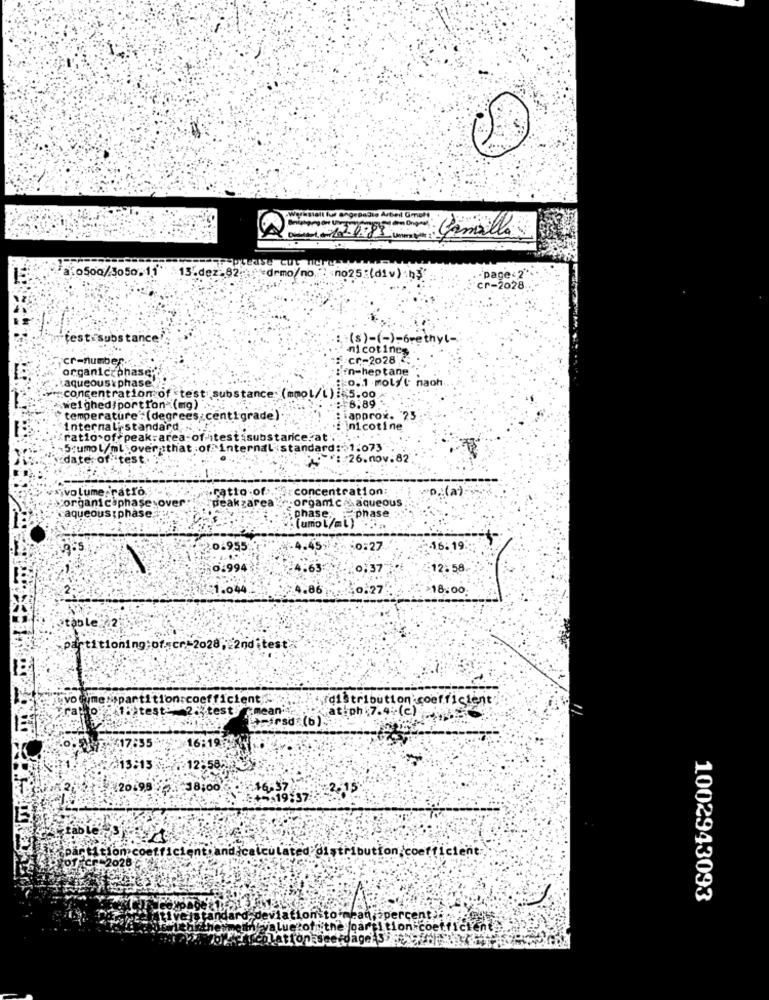
Camilla
a[osoa/3050.11"
cease cu
13.dez.82;
*demo/no : no25 : (di v) bş
.page - 2"
cr-2028
test substance
:(s)-(-)-6rethyl-
nicotine
cr-number.
cr-2028
organicophase
:in-heptane
aqueous \ phase !?
1:0.1 molyl' naoh
concentration of test substance: (mmol/l ) : 5.00
weighed/portion (mg) ...
6.89
temperature : (degrees centigrade)
approx. 25
internalistandard;
nicotine
ratio of peak:area-of -itestisubstarice.at
Stumol/ml over that of internal standard:01.073
date; of test.
: 26.nov.82
Sivolume.ratro.
ratio of ..
:concentration:
D .: (a)
yorganic phasesover
peak zarea
porgamce aqueous
caqueous : phase
-phase
phase.
(umot/mi)"
0.955
0:27
16:19.
0.994
0,37
12.58
1.044
0.27
>18.00
table
Partitioning:of.scr-2028, 2nditest
# VO
messpartition coefficient/c\
(distribution coefficient,
rathto : bitest 2. test/ mean':
at.ph 7.4 (c)
Agirsd (6)-
$17:35
16:19:
13:13
12:582
20.95
18:00
16.37
+4,19:57
tables
Mitlomcoefficient.and.calculated distribution/coefficient
1002943093
deviation to mean, percentage
value of the partition coefficient
+page :52